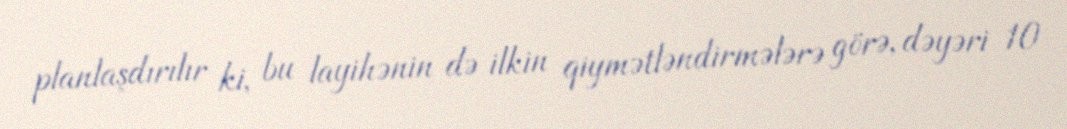
planlaşdırılır ki, bu layihənin də ilkin qiymətləndirmələrə görə, dəyəri 10